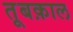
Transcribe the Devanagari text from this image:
तूबक़ाल